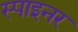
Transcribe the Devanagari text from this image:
स्पाइनर